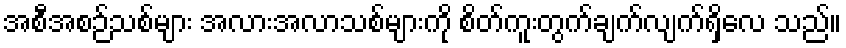
အစီအစဉ်သစ်များ အလားအလာသစ်များကို စိတ်ကူးတွက်ချက်လျက်ရှိလေ သည်။